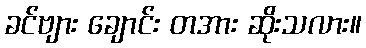
ခင်ဗျား ချောင်း တအား ဆိုးသလား။